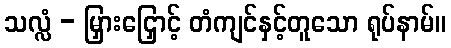
သလ္လံ - မြှားငြှောင့် တံကျင်နှင့်တူသော ရုပ်နာမ်။